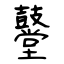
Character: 鼞